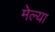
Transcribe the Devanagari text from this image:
मेल्‍या